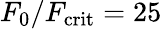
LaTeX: F_{0}/F_{\mathrm{crit}}=25